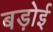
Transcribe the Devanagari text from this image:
बड़ोई